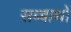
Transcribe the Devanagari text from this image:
सब्बाथों